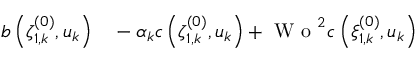
\begin{array} { r l } { b \left( \zeta _ { 1 , k } ^ { ( 0 ) } , u _ { k } \right) } & { { } - \alpha _ { k } c \left( \zeta _ { 1 , k } ^ { ( 0 ) } , u _ { k } \right) + \textrm { W o } ^ { 2 } c \left( \xi _ { 1 , k } ^ { ( 0 ) } , u _ { k } \right) } \end{array}